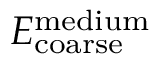
E _ { \mathrm { c o a r s e } } ^ { \mathrm { m e d i u m } }